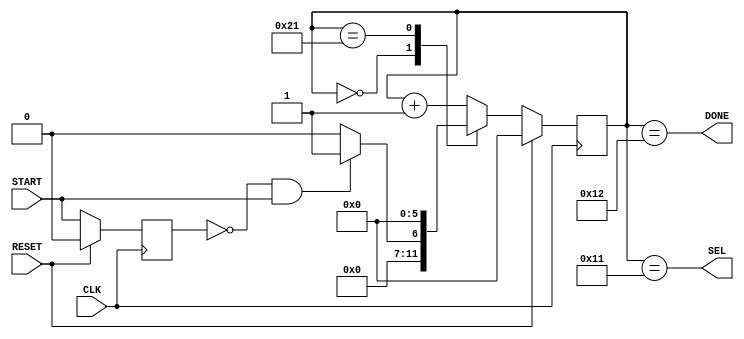
module CONTROLLER(START, DONE, SEL, CLK, RESET);
input START;
output DONE;
output SEL;
input CLK;
input RESET;
					    
reg [5:0] STATE;    // STATE 
					// 34 6
reg LAST_START;

always@(posedge CLK) begin
	if(RESET) begin
		LAST_START <= 0;
	end else begin
		LAST_START <= START;
		/*  START  LAST_START  */
	end
end

always@(posedge CLK) begin
	if(RESET) begin
		STATE <= 0;
	end else begin
		case(STATE)
			 /* START STATE 1  */
			0:    STATE <= (~LAST_START & START) ? 1 : 0;
			33:    STATE <= 0;    //  0 
			default:
				STATE <= STATE+1;    // STATE 1
			endcase
	end
end 

assign SEL = (STATE == 17);
		/* 16
		    */
assign DONE = (STATE == 18);

/*  DONE     */

endmodule